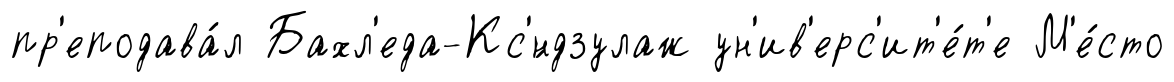
пр'еподава́л Бахл'еда-Кс'́ндзулаж ун'ив'ерс'ит'е́т'е М'е́сто